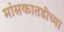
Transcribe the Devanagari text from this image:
मांसकातडीच्या